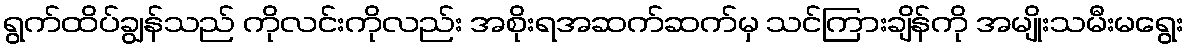
ရွက်ထိပ်ချွန်သည် ကိုလင်းကိုလည်း အစိုးရအဆက်ဆက်မှ သင်ကြားချိန်ကို အမျိုးသမီးမရွေး